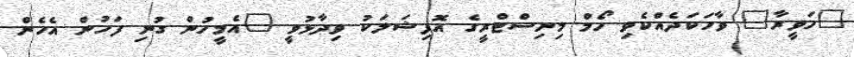
"ހަވީރާ" ވާހަކަދެއްކެވި ހޯމް މިނިސްޓްރީގެ އޮފިޝަލަކު ވިދާޅުވީ "އެމީހުން ގުނި ފަހުން އެހެން